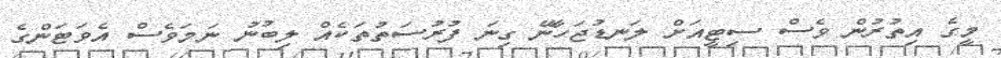
މީގެ އިތުރުން ވެސް ސިޓީއަށް ލަނޑުޖަހާނޭ ގިނަ ފުރުސަތުތަކެއް ލިބުނު ނަމަވެސް އެވަޓަންގެ